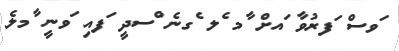
ަވސް ަފރުވާ ައށް ާމ ެލ ެގނެ ްސދީ ަފއި ަވނީ ާމލެ